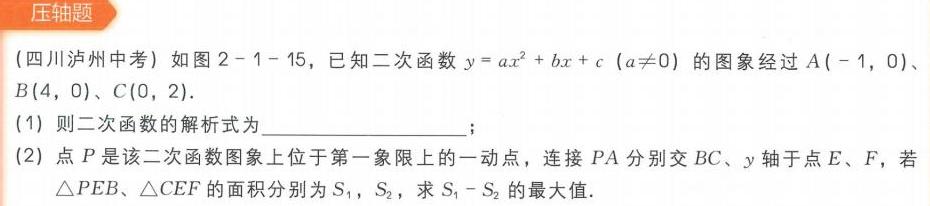
(四川泸州中考) 如图 2 - 1 - 15，已知二次函数\(y = ax^{2}+bx + c\ (a\neq0)\)的图象经过\(A(-1,0)\)、\(B(4,0)\)、\(C(0,2)\)。
(1) 则二次函数的解析式为  ；
(2) 点\(P\)是该二次函数图象上位于第一象限上的一动点，连接\(PA\)分别交\(BC\)、\(y\)轴于点\(E\)，\(F\)，若\(\triangle PEB\)、\(\triangle CEF\)的面积分别为\(S_{1}\)，\(S_{2}\)，求\(S_{1}-S_{2}\)的最大值。